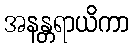
အနန္တရာယိကာ